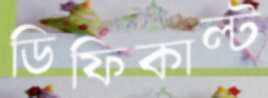
ডিফিকাল্ট